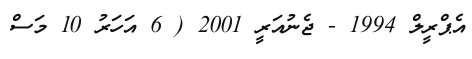
އެޕްރީލް 1994 - ޖެނުއަރީ 2001 ( 6 އަހަރު 10 މަސް